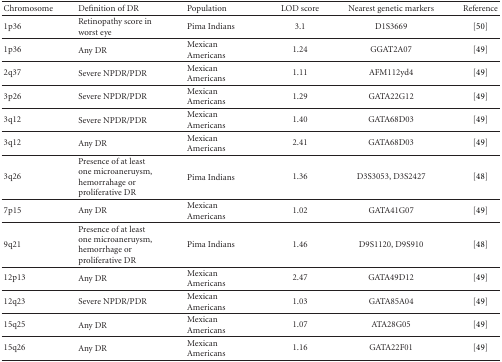
<table><thead><tr><td><b>Chromosome</b></td><td><b>Definition of DR</b></td><td><b>Population</b></td><td><b>LOD score</b></td><td><b>Nearest genetic markers</b></td><td><b>Reference</b></td></tr></thead><tbody><tr><td>1p36</td><td>Retinopathy score in worst eye</td><td>Pima Indians</td><td>3.1</td><td>D1S3669</td><td>[50] </td></tr><tr><td>1p36</td><td>Any DR</td><td>Mexican Americans</td><td>1.24</td><td>GGAT2A07</td><td>[49] </td></tr><tr><td>2q37</td><td>Severe NPDR/PDR</td><td>Mexican Americans</td><td>1.11</td><td>AFM112yd4</td><td>[49] </td></tr><tr><td>3p26</td><td>Severe NPDR/PDR</td><td>Mexican Americans</td><td>1.29</td><td>GATA22G12</td><td>[49] </td></tr><tr><td>3q12</td><td>Severe NPDR/PDR</td><td>Mexican Americans</td><td>1.40</td><td>GATA68D03</td><td>[49] </td></tr><tr><td>3q12</td><td>Any DR</td><td>Mexican Americans</td><td>2.41</td><td>GATA68D03</td><td>[49] </td></tr><tr><td>3q26</td><td>Presence of at least one microaneruysm, hemorrahage or proliferative DR</td><td>Pima Indians</td><td>1.36</td><td>D3S3053, D3S2427</td><td>[48] </td></tr><tr><td>7p15</td><td>Any DR</td><td>Mexican Americans</td><td>1.02</td><td>GATA41G07</td><td>[49] </td></tr><tr><td>9q21</td><td>Presence of at least one microaneruysm, hemorrhage or proliferative DR</td><td>Pima Indians</td><td>1.46</td><td>D9S1120, D9S910</td><td>[48] </td></tr><tr><td>12p13</td><td>Any DR</td><td>Mexican Americans</td><td>2.47</td><td>GATA49D12</td><td>[49] </td></tr><tr><td>12q23</td><td>Severe NPDR/PDR</td><td>Mexican Americans</td><td>1.03</td><td>GATA85A04</td><td>[49] </td></tr><tr><td>15q25</td><td>Any DR</td><td>Mexican Americans</td><td>1.07</td><td>ATA28G05</td><td>[49] </td></tr><tr><td>15q26</td><td>Any DR</td><td>Mexican Americans</td><td>1.16</td><td>GATA22F01</td><td>[49]</td></tr></tbody></table>